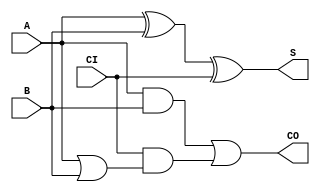
module JFAD1A(A, B, CI, S, CO);
input   A;
input   B;
input   CI;
output  S;
output  CO;
xor g0(S, A, B, CI);
and g1(w3, A, B);
or g2(w8, A, B);
and g3(w6, CI, w8);
or g4(CO, w3, w6);
endmodule